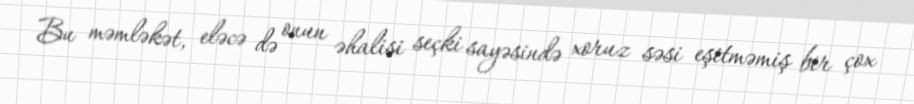
Bu məmləkət, eləcə də onun əhalisi seçki sayəsində xoruz səsi eşitməmiş bir çox